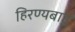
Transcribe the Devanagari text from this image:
हिरण्यबाहु